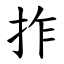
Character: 拃